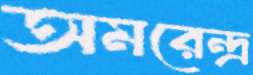
অমরেন্দ্র